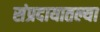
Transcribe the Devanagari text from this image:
संप्रदायातल्या